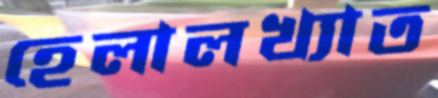
হেলালখ্যাত